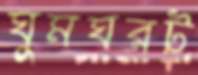
ঘুমঘরট